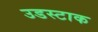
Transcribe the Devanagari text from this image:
उडस्टाक